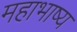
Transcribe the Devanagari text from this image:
महाभाष्‍य